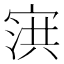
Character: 𰍌